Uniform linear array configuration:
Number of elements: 4
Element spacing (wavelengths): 0.75
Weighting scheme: kaiser
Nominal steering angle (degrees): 45
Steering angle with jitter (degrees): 43.261
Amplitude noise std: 0.05
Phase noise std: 0.05

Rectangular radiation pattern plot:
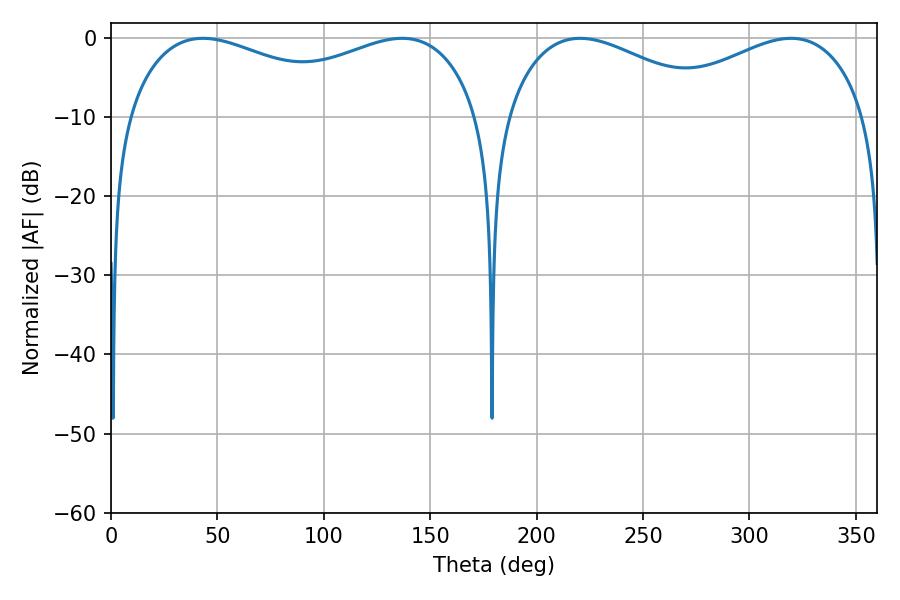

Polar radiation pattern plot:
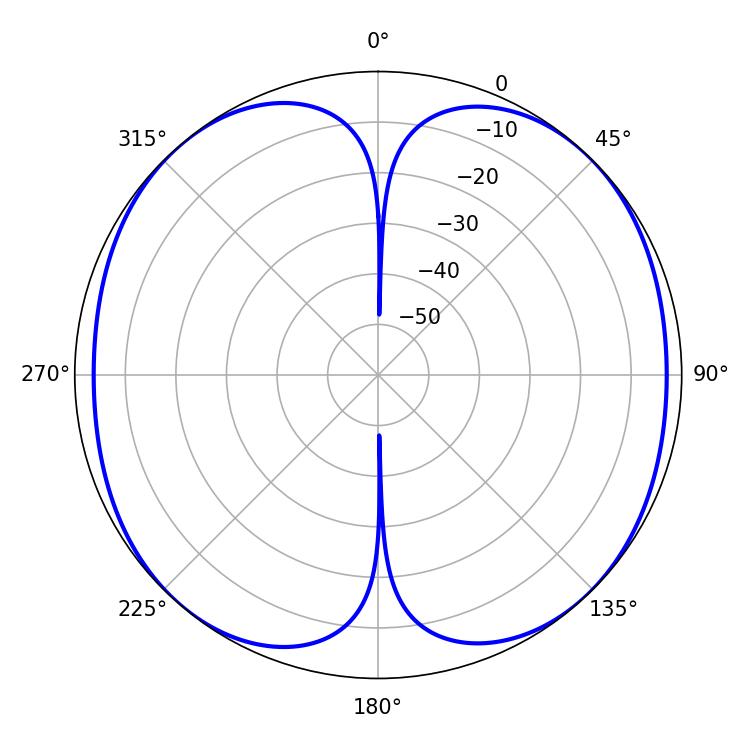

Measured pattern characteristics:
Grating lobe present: TRUE
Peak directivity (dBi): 14.136
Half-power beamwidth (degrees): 136.8
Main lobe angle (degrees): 43.2